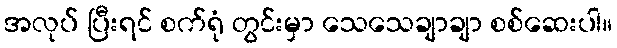
အလုပ် ပြီးရင် စက်ရုံ တွင်းမှာ သေသေချာချာ စစ်ဆေးပါ။